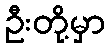
ဦးတို့မှာ